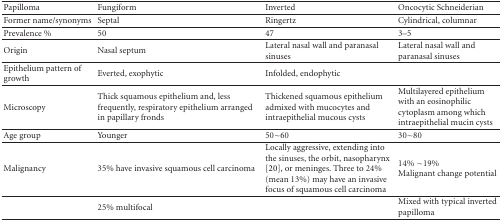
<table><thead><tr><td><b>Papilloma</b></td><td><b>Fungiform</b></td><td><b>Inverted </b></td><td><b>Oncocytic Schneiderian</b></td></tr></thead><tbody><tr><td>Former name/synonyms</td><td>Septal </td><td>Ringertz</td><td>Cylindrical, columnar</td></tr><tr><td>Prevalence %</td><td>50</td><td>47</td><td>3–5</td></tr><tr><td>Origin</td><td>Nasal septum</td><td>Lateral nasal wall and paranasal sinuses</td><td>Lateral nasal wall and paranasal sinuses</td></tr><tr><td>Epithelium pattern of growth</td><td>Everted, exophytic</td><td>Infolded, endophytic</td><td> </td></tr><tr><td>Microscopy</td><td>Thick squamous epithelium and, less frequently, respiratory epithelium arranged in papillary fronds</td><td>Thickened squamous epithelium admixed with mucocytes and intraepithelial mucous cysts</td><td>Multilayered epithelium with an eosinophilic cytoplasm among which intraepithelial mucin cysts</td></tr><tr><td>Age group</td><td>Younger </td><td>50~60</td><td>30~80</td></tr><tr><td>Malignancy</td><td>35% have invasive squamous cell carcinoma</td><td>Locally aggressive, extending into the sinuses, the orbit, nasopharynx [20], or meninges. Three to 24% (mean 13%) may have an invasive focus of squamous cell carcinoma</td><td>14%~19%Malignant change potential</td></tr><tr><td> </td><td>25% multifocal</td><td> </td><td>Mixed with typical inverted papilloma</td></tr></tbody></table>